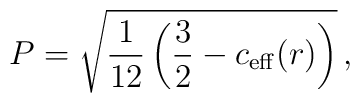
P = \sqrt{\frac1{12}\left( \frac32 - c_{\rm eff}(r)\right)}\,,